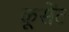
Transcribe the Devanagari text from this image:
क्रूसेंट